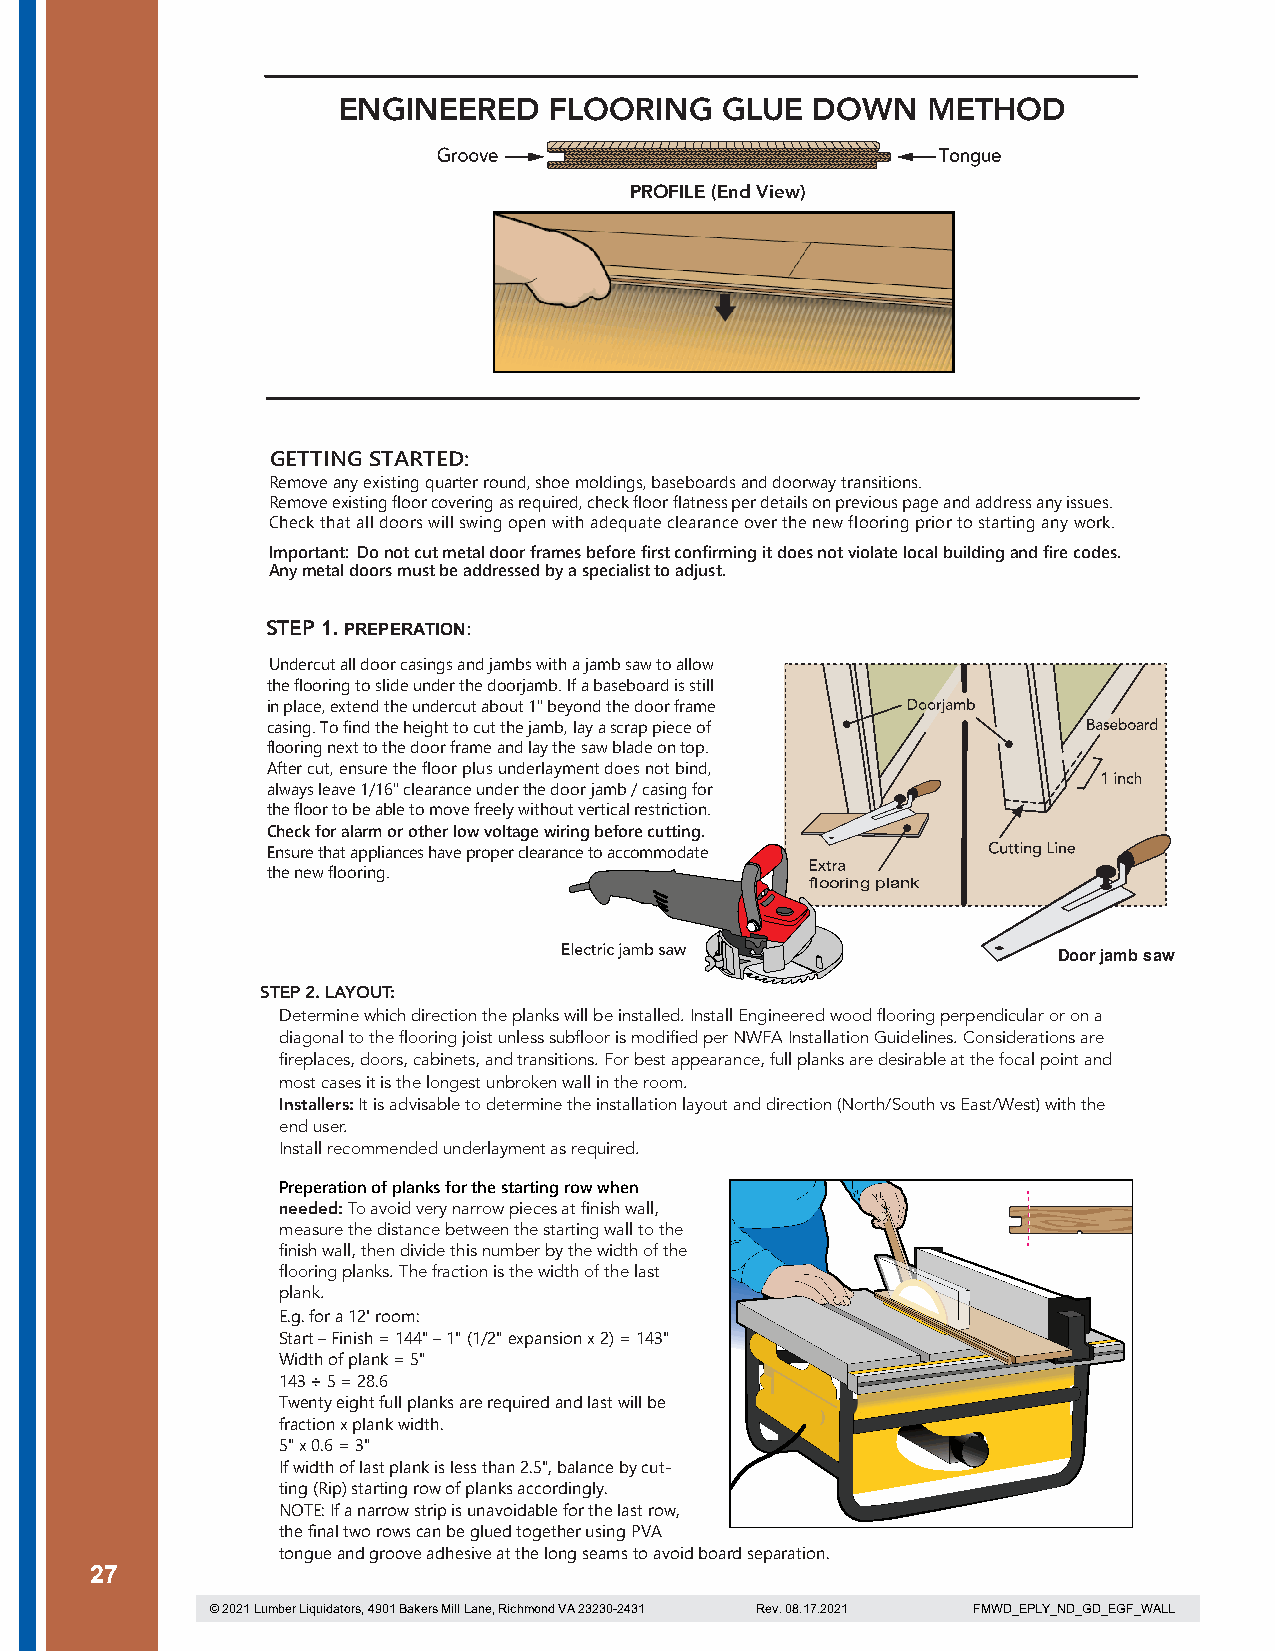
ENGINEERED    FLOORING    GLUE  DOWN   METHOD
 PROFILE (End View)
 GETTING STARTED:
 Remove any existing quarter round, shoe moldings, baseboards and doorway transitions.
 Remove existing floor covering as required, check floor flatness per details on previous page and address any issues.
 Check that all doors will swing open with adequate clearance over the new flooring prior to starting any work.
 Important: Do not cut metal door frames before first confirming it does not violate local building and fire codes.
 Any metal doors must be addressed by a specialist to adjust.
 STEP 1. PREPERATION:
 Undercut all door casings and jambs with a jamb saw to allow
 the flooring to slide under the doorjamb. If a baseboard is still
 in place, extend the undercut about 1" beyond the door frame
 casing. To find the height to cut the jamb, lay a scrap piece of
 flooring next to the door frame and lay the saw blade on top.
 After cut, ensure the floor plus underlayment does not bind,
 always leave 1/16" clearance under the door jamb / casing for
 the floor to be able to move freely without vertical restriction.
 Check for alarm or other low voltage wiring before cutting.
 Ensure that appliances have proper clearance to accommodate
 the new flooring.
 flooring plank
 Door jamb saw
 STEP 2. LAYOUT:
 Determine which direction the planks will be installed. Install Engineered wood flooring perpendicular or on a
 diagonal to the flooring joist unless subfloor is modified per NWFA Installation Guidelines. Considerations are
 fireplaces, doors, cabinets, and transitions. For best appearance, full planks are desirable at the focal point and
 most cases it is the longest unbroken wall in the room.
 Installers: It is advisable to determine the installation layout and direction (North/South vs East/West) with the
 end user.
 Install recommended underlayment as required.
 Preperation of planks for the starting row when
 needed: To avoid very narrow pieces at finish wall,
 measure the distance between the starting wall to the
 finish wall, then divide this number by the width of the
 flooring planks. The fraction is the width of the last
 plank.
 E.g. for a 12' room:
 Start – Finish = 144" – 1" (1/2" expansion x 2) = 143"
 Width of plank = 5"
 143 ÷ 5 = 28.6
 Twenty eight full planks are required and last will be
 fraction x plank width.
 5" x 0.6 = 3"
 If width of last plank is less than 2.5", balance by cut-
 ting (Rip) starting row of planks accordingly.
 NOTE: If a narrow strip is unavoidable for the last row,
 the final two rows can be glued together using PVA
 tongue and groove adhesive at the long seams to avoid board separation.
 27
 © 2021 Lumber Liquidators, 4901 Bakers Mill Lane, Richmond VA 23230-2431 Rev. 08.17.2021 FMWD_EPLY_ND_GD_EGF_WALL